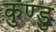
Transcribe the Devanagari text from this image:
कुण्डु